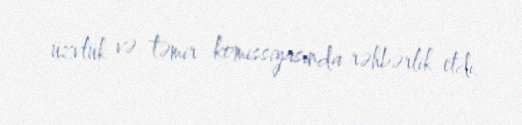
üzvlük və təmir komissiyasında rəhbərlik etdi.